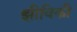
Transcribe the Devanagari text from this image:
झीविकी